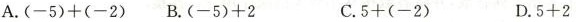
A.$$(-5)+(-2)$$ B.$$(-5)+2$$ C.$$5+(-2)$$ D.$$5+2$$